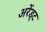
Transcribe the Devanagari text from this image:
अरेंड्ट